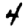
Digit: 4